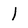
Character: 1